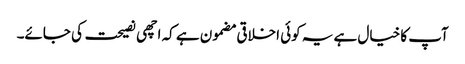
آپ کا خیال ہے یہ کوئی اخلاقی مضمون ہے کہ اچھی نصیحت کی جائے۔